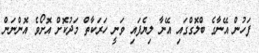
ފަހުން އޭނާގެ ބްލޮގްގައި އޭނާ ލިޔެފައި ވަނީ ހަރަކާތް މަދުކޮށް އޮށޯވެ އޮންނަން